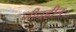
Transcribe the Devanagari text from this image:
जीवहीन